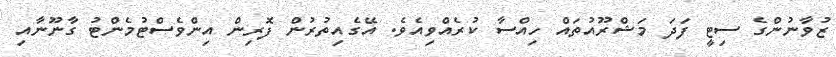
ޒުވާނުންގެ ސިޓީ ފަދަ މަޝްރޫއުތައް ހިއްސާ ކުރެއްވިއެވެ. އޭގެއިތުރުން ފޮރިން އިންވެސްޓުމެންޓު ގާނޫނާއި